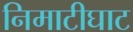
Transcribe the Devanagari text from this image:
निमाटीघाट